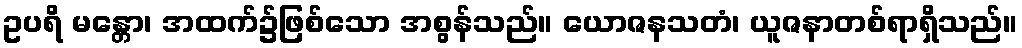
ဥပရိ မန္တော၊ အထက်၌ဖြစ်သော အစွန်သည်။ ယောဇနသတံ၊ ယူဇနာတစ်ရာရှိသည်။